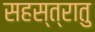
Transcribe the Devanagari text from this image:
सहस्त्रातु